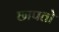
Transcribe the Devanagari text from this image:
छापतो